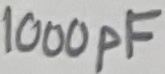
Text: 1000pF